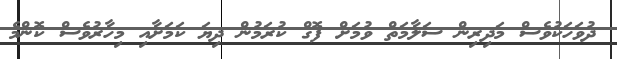
ދުވަހަކުވެސް މަދިރިން ސަލާމަތް ވުމަށް ފޮގް ކުރަމުން ދިޔަ ކަމަށާއި މިހާރުވެސް ކޮންމެ